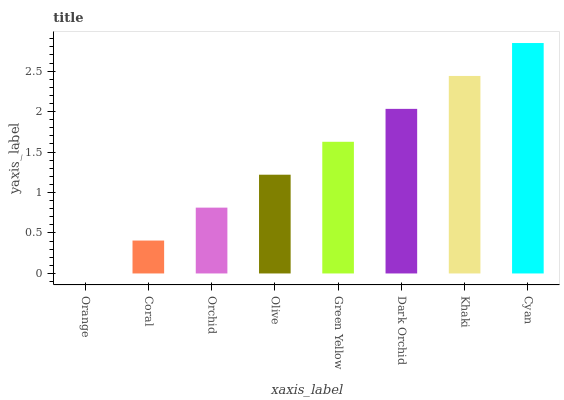
| xaxis_label | bars |
 | --- | --- |
 | Orange | 0 |
 | Coral | 0.407 |
 | Orchid | 0.813 |
 | Olive | 1.22 |
 | Green Yellow | 1.63 |
 | Dark Orchid | 2.03 |
 | Khaki | 2.44 |
 | Cyan | 2.85 |